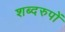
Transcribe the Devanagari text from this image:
शब्दरुपों